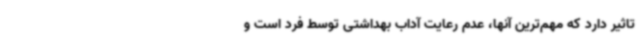
تاثیر دارد که مهم‌ترین آنها، عدم رعایت آداب بهداشتی توسط فرد است و